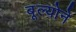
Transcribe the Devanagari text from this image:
बूल्योने